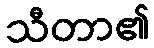
သီတာ၏